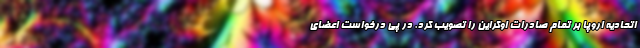
اتحادیه اروپا بر تمام صادرات اوکراین را تصویب کرد. در پی درخواست اعضای